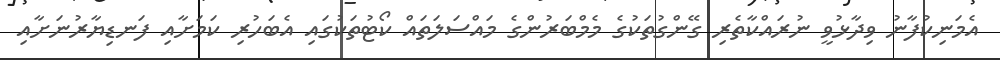
އެމަނިކުފާނު ވިދާޅުވީ ނުރައްކާތެރި ގޭންގުތަކުގެ މެމްބަރުންގެ މައްސަލަތައް ކޯޓުތަކުގައި އެބަހުރި ކަމަށާއި ފަނޑިޔާރުނަށާއި